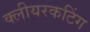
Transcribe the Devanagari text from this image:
क्लीयरकटिंग